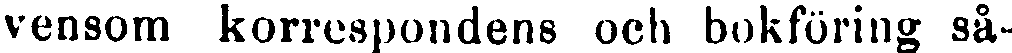
vensom korrespondens och bokföring så-